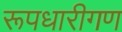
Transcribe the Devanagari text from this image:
रूपधारीगण